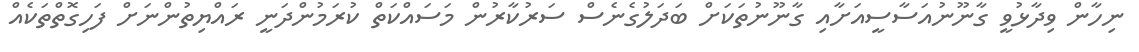
ނިހާން ވިދާޅުވީ ގާނޫނުއަސާސީއަށާއި ގާނޫނުތަކަށް ބަދަލުގެނެސް ސަރުކާރުން މަސައްކަތް ކުރަމުންދަނީ ރައްޔިތުންނަށް ފަހިގޮތްތަކެއް